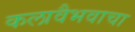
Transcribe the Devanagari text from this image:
कलावैभवाचा